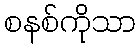
စနစ်ကိုသာ